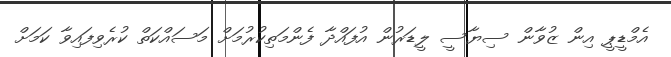
އެމްޑީޕީ އިން ޒުވާން ސިޔާސީ ލީޑަރުން އުފައްދާ ފެންމަތިކުރުމަށް މަސައްކަތް ކުރެވިފައިވާ ކަމަށް